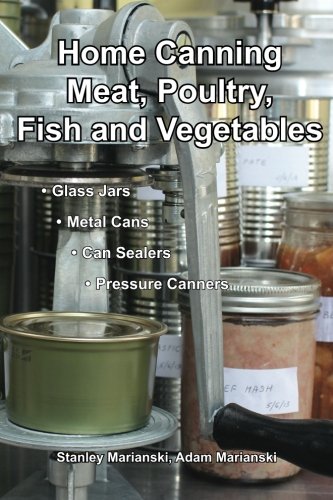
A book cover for Home Canning Meat, Poultry, Fish and Vegetables; Stanley Marianski; Cookbooks, Food & Wine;